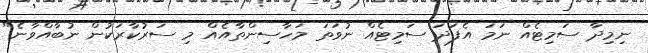
ނިމިދާ ސަމިޓެއް ނަމަ އެފަދަ ސަމިޓެއް ނުވަތަ މަހާސިންތާއެއް މި ސަރުކާރަކުން ނުބާއްވާނެ"